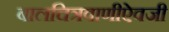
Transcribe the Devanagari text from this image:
बालचित्रवाणीऐवजी